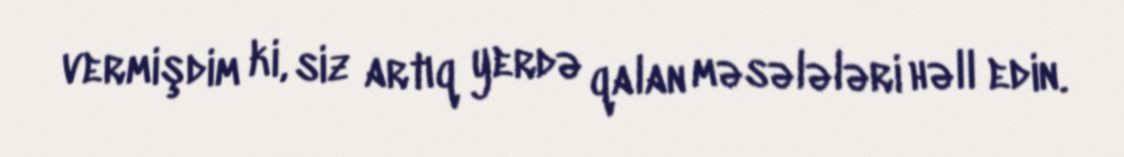
vermişdim ki, siz artıq yerdə qalan məsələləri həll edin.